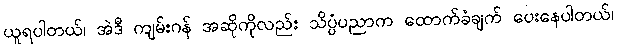
ယူရပါတယ်၊ အဲဒီ ကျမ်းဂန် အဆိုကိုလည်း သိပ္ပံပညာက ထောက်ခံချက် ပေးနေပါတယ်၊